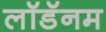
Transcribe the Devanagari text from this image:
लॉडॅनम